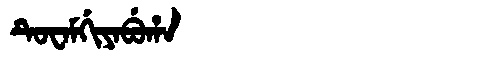
Manchu: ᡨᡠᠸᠠᠮᡤᡳᠶᠠᠪᡠᡥᠠ
Romanization: TUWAMGIYABUHA